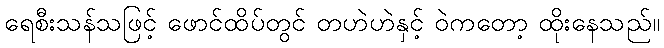
ရေစီးသန်သဖြင့် ဖောင်ထိပ်တွင် တဟဲဟဲနှင့် ဝဲကတော့ ထိုးနေသည်။